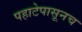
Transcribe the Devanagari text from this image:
पहाटेपासूनच